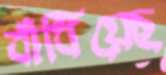
বাঁধিয়েছ